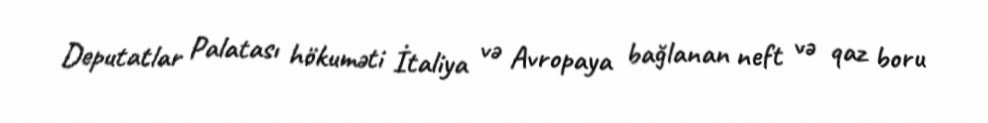
Deputatlar Palatası hökuməti İtaliya və Avropaya bağlanan neft və qaz boru